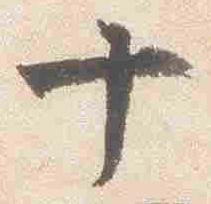
十